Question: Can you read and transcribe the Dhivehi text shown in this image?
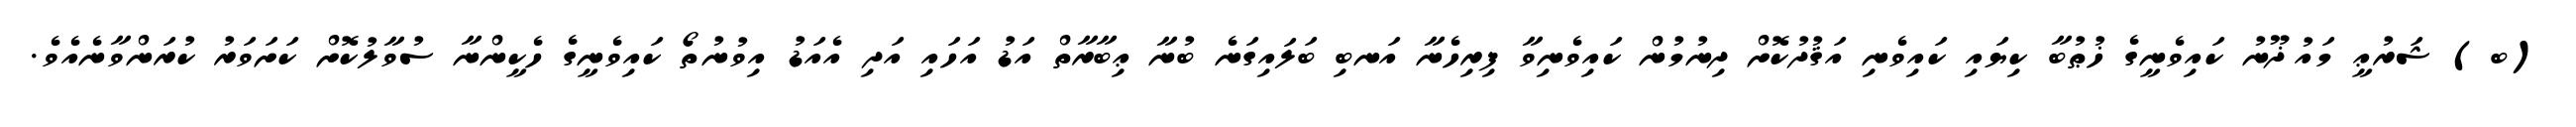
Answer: (ބ) ޝަރުޢީ މައުޛޫނު ކައިވެނީގެ ޚުޠުބާ ކިޔައި ކައިވެނި އަޤުދުކޮށް ދިނުމުން ކައިވެނިވާ ފިރިހެނާ އަނބި ބަލައިގަނެ ބުނާ ޢިބާރާތް އަޑު އަހައި އަދި އެއަޑު އިވުނުތޯ ކައިވެނީގެ ހެކީންނާ ސުވާލުކޮށް ކަށަވަރު ކުރަންވާނެއެވެ.